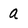
Character: a